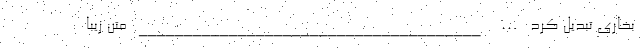
بخاری تبدیل کرد … ______________________________________ متن زیبا